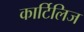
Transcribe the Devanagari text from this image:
कार्टिलिज